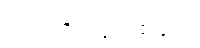
ပြောင်းလဲမှုတစ်ခုကို